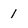
Character: 1